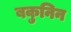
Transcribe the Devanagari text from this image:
बकुनिन